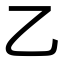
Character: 乙